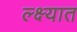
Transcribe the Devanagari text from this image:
ल्क्ष्यात